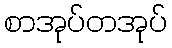
စာအုပ်တအုပ်